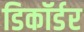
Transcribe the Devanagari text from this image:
डिकॉर्डर